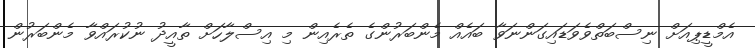
އެމްޑީޕިއަށް ނިސްބަތްވެވަޑައިގަންނަވާ ބައެއް މެންބަރުންގެ ތެރެއިން މި އިސްލާހަށް ތާއީދު ނުކުރައްވާ މެންބަރުން